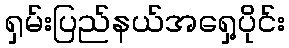
ရှမ်းပြည်နယ်အရှေ့ပိုင်း